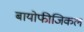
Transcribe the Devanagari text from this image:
बायोफीजिकल